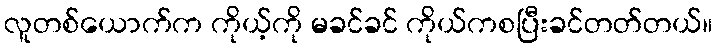
လူတစ်ယောက်က ကိုယ့်ကို မခင်ခင် ကိုယ်ကစပြီးခင်တတ်တယ်။